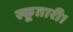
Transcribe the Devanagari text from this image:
स्कूतारी।